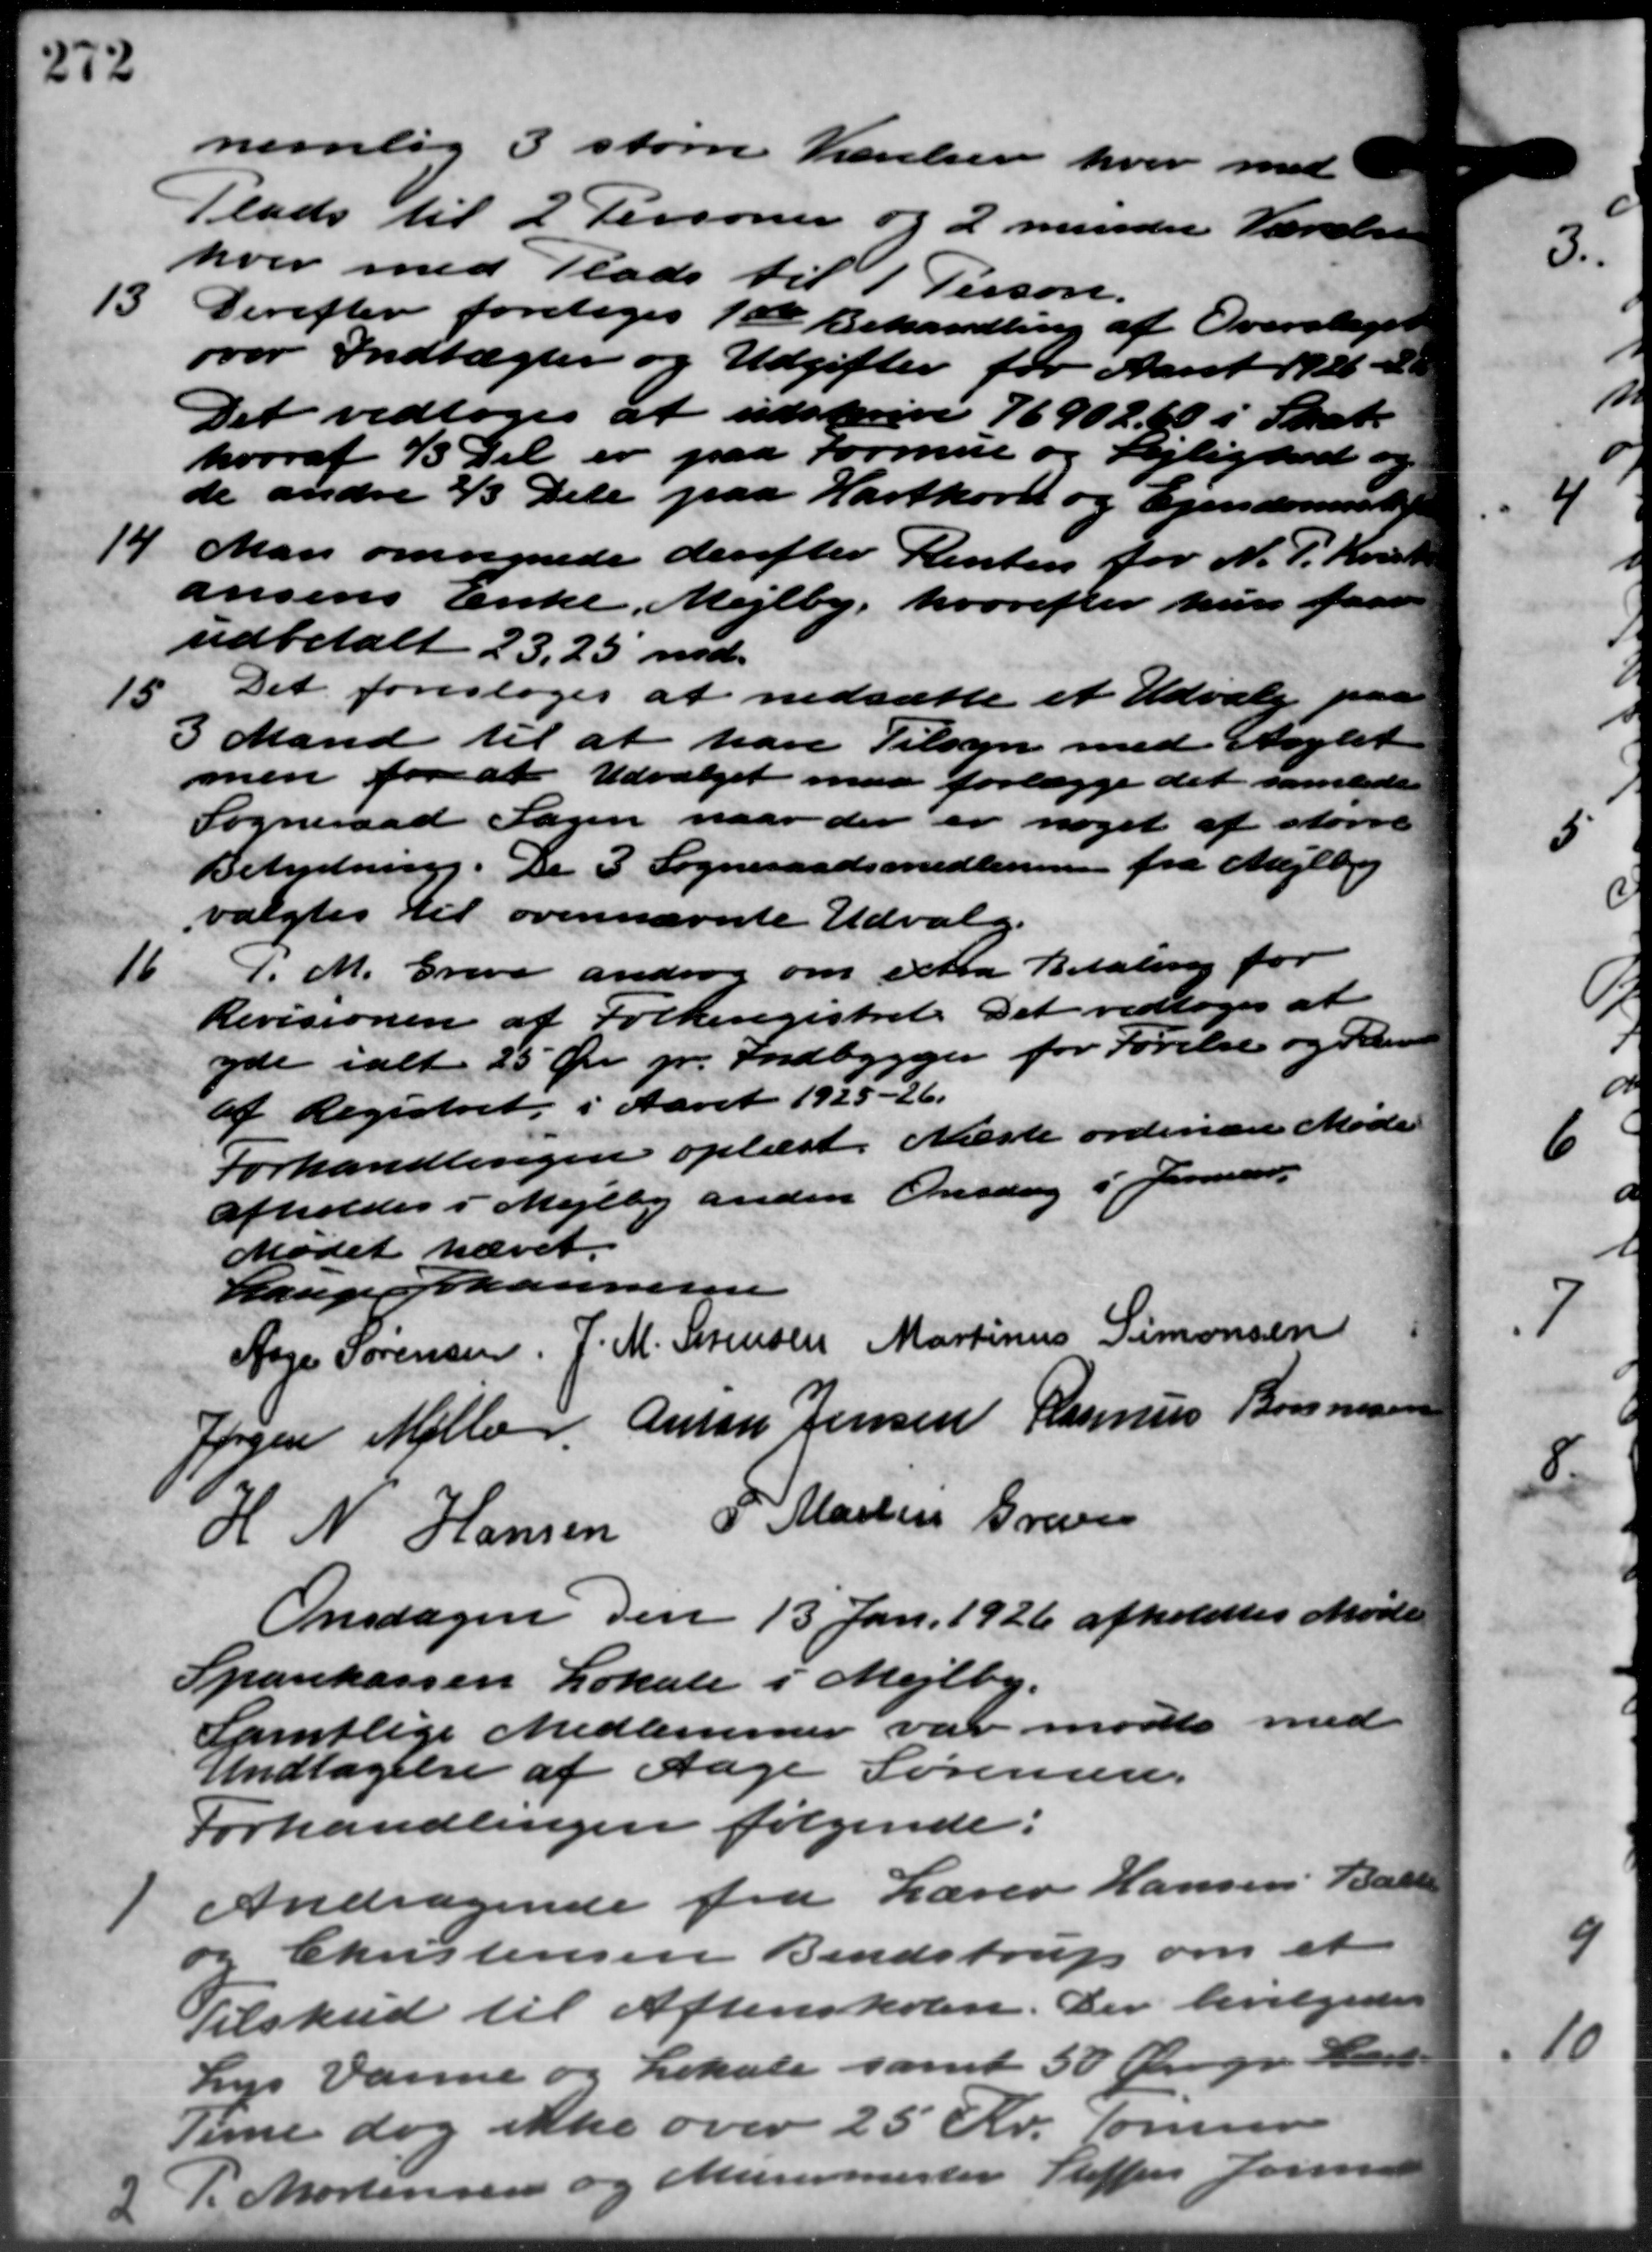
Transskription:
nemlig 3 store Værelsen hvor med
Plads til 2 Personer og 2 mindre Værelse
hver med Plads til 1 Person.
13
Derefter foretoges 1ste Behandling af Overslaget
over Indtægter og Udgifter for Aaret 1926 - 20
Det vedtoges at udskrive 76902,50 i Skat.
hvoraf 13 Del er paa Formue og Lejlighed og
de andre 2/3 Dele paa Hartkorn og Ejendomssk
14
Man omregnede derefter Renten for N. P. Krist
ansens Enke, Mejlby, hvorefter hun faar
udbetalt 23.25 md.
15
Det foresloges at nedsætte et Udvalg paa
3 Mand til at have Tilsyn med Anglet
men for at Udvalget maa forlægge det samlede
Sogneraad Sagen naar der er noget af større
Betydning. De 3 Sogneraadsmedlemmer fra Mejlby
valgtes til ovennævnte Udvalg.
16
.M. Greve androg om extra Betaling for
Revisionen af Folkeregistret. Det vedtoges at
yde i alt 25 Øre pr. Indbygger for Førelse og Par
af Registret i Aaret 1925-26.
Forhandlingen oplæst. Næste ordinære Møde
afholdes i Mejlby anden Onsdag i Januar
Mødet hævet.
Lauge Johannesen
Aage Sørensen. P. M. Sørensen Martinus Simonsen
Jørgen Møller Anton Jensen Rasmus Bonnesen
H N Hansen P. Martin Greve
Onsdagen den 13 Jan. 1926 afholdtes Møde
Sparekassen Lokale i Mejlby.
Samtlige Medlemmer var mødte med
Undtagelse af Aage Sørensen.
Forhandlingen følgende:
Andragende fra Lærer Hansen Balle

og Christensen Bendstrup om et
Tilskud til Aftenskolen. Der bevilgedes
Lys Varme og Lokale samt 50 Øre pr. Hans
Time dog ikke over 25 Kr. Tømrer

P. Mortensen og Murermester Steffen Jensen